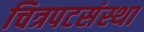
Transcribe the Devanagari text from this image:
चित्रपटसंस्था